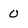
Character: O